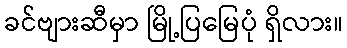
ခင်ဗျားဆီမှာ မြို့ပြမြေပုံ ရှိလား။